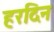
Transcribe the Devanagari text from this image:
हरदिन